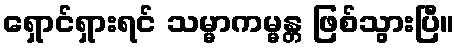
ရှောင်ရှားရင် သမ္မာကမ္မန္တ ဖြစ်သွားပြီ။